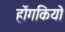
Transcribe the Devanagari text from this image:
होंगकियो